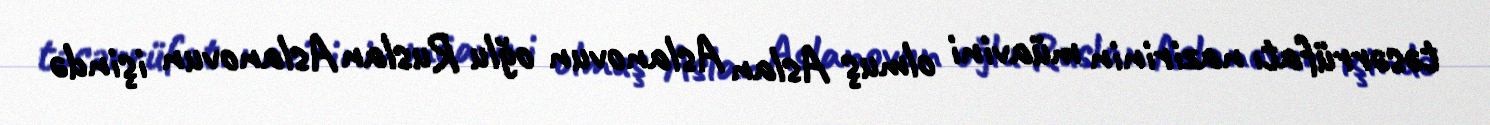
təsərrüfatı nazirinin müavini olmuş Aslan Aslanovun oğlu Ruslan Aslanovun işində